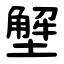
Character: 㙰